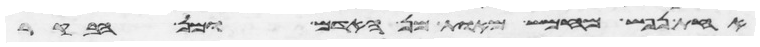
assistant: אחת נפש מחמש מאות מן האדם ומן הבקר